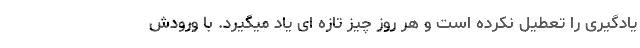
یادگیری را تعطیل نکرده است و هر روز چیز تاز‌ه ای یاد میگیرد. با ورودش